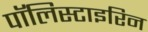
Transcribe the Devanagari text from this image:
पॉलिस्टाइरिन